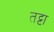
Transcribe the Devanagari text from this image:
तट्टा